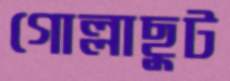
গোল্লাছুট